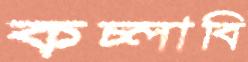
কচ্‌লাবি